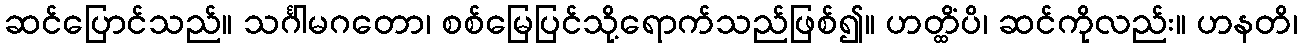
ဆင်ပြောင်သည်။ သင်္ဂါမဂတော၊ စစ်မြေပြင်သို့ရောက်သည်ဖြစ်၍။ ဟတ္ထိံပိ၊ ဆင်ကိုလည်း။ ဟနတိ၊